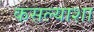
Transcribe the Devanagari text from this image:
कसल्याशा